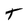
Character: T